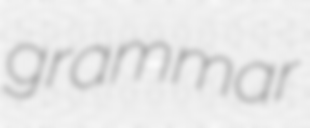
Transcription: grammar